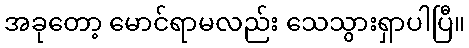
အခုတော့ မောင်ရာမလည်း သေသွားရှာပါပြီ။